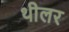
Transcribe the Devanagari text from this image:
थीलर